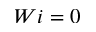
W i = 0